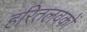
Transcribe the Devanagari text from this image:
हरितलवकों